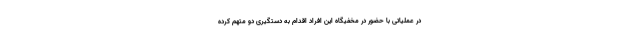
در عملیاتی با حضور در مخفیگاه این افراد اقدام به دستگیری دو متهم کرده